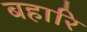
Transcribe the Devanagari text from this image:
बहारि